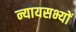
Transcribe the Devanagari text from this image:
न्यायसभ्यों